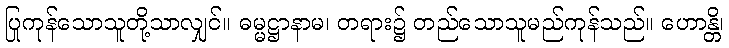
ပြုကုန်သောသူတို့သာလျှင်။ ဓမ္မဋ္ဌာနာမ၊ တရား၌ တည်သောသူမည်ကုန်သည်။ ဟောန္တိ၊